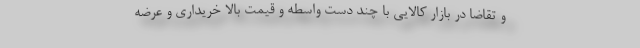
و تقاضا در بازار کالایی با چند دست واسطه و قیمت بالا خریداری و عرضه